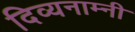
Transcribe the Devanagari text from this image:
दिव्यनाम्नी